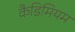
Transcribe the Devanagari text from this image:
कैडिमियम